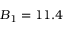
B _ { 1 } = 1 1 . 4